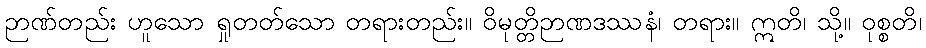
ဉာဏ်တည်း ဟူသော ရှုတတ်သော တရားတည်း။ ဝိမုတ္တိဉာဏဒဿနံ၊ တရား။ ဣတိ၊ သို့။ ဝုစ္စတိ၊